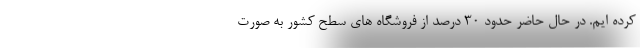
کرده ایم. در حال حاضر حدود 30 درصد از فروشگاه های سطح کشور به صورت